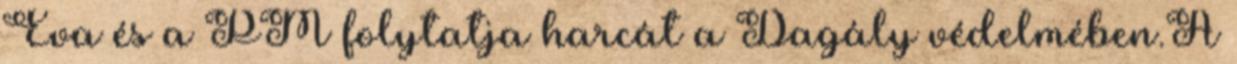
Éva és a PM folytatja harcát a Dagály védelmében.A